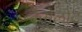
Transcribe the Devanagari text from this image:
कैमेलोट